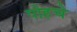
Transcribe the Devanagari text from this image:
पोहचे